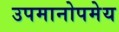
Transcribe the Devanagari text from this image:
उपमानोपमेय